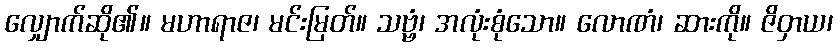
လျှောက်ဆို၏။ မဟာရာဇ၊ မင်းမြတ်။ သဗ္ဗံ၊ အလုံးစုံသော။ လောဏံ၊ ဆားကို။ ဇိဝှာယ၊